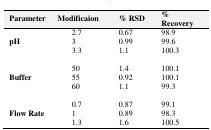
<table><thead><tr><td><b>Parameter</b></td><td><b>Modificaion</b></td><td><b>% RSD</b></td><td><b>% Recovery</b></td></tr></thead><tbody><tr><td></td><td>2.7</td><td>0.67</td><td>98.9</td></tr><tr><td><b>pH</b></td><td>3</td><td>0.99</td><td>99.6</td></tr><tr><td></td><td>3.3</td><td>1.1</td><td>100.3</td></tr><tr><td></td><td>50</td><td>1.4</td><td>100.1</td></tr><tr><td><b>Buffer</b></td><td>55</td><td>0.92</td><td>100.1</td></tr><tr><td></td><td>60</td><td>1.1</td><td>99.3</td></tr><tr><td></td><td>0.7</td><td>0.87</td><td>99.1</td></tr><tr><td><b>Flow Rate</b></td><td>1</td><td>0.89</td><td>98.3</td></tr><tr><td></td><td>1.3</td><td>1.6</td><td>100.5</td></tr></tbody></table>